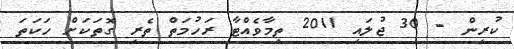
ކުރިން - 30 ޖުލައި 2011 ތިމާވެއްޓާ ރަހުމަތް ތެރި ގޮތަކަށް ހަކަތަ